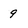
Character: 9